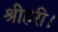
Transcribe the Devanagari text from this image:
श्रीहरी।